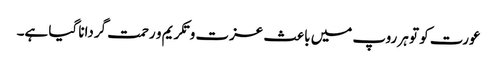
عورت کو تو ہر روپ میں باعث عزت و تکریم و رحمت گردانا گیا ہے۔